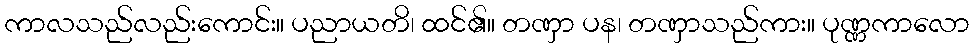
ကာလသည်လည်းကောင်း။ ပညာယတိ၊ ထင်၏။ တဏှာ ပန၊ တဏှာသည်ကား။ ပုဏ္ဏကာလော